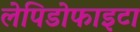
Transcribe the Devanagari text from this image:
लेपिडोफाइटा